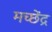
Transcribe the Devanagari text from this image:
मच्छेंद्र